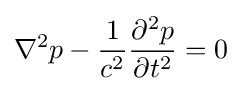
\nabla ^{2}p-{1 \over c^{2}}{\partial ^{2}p \over \partial t^{2}}=0